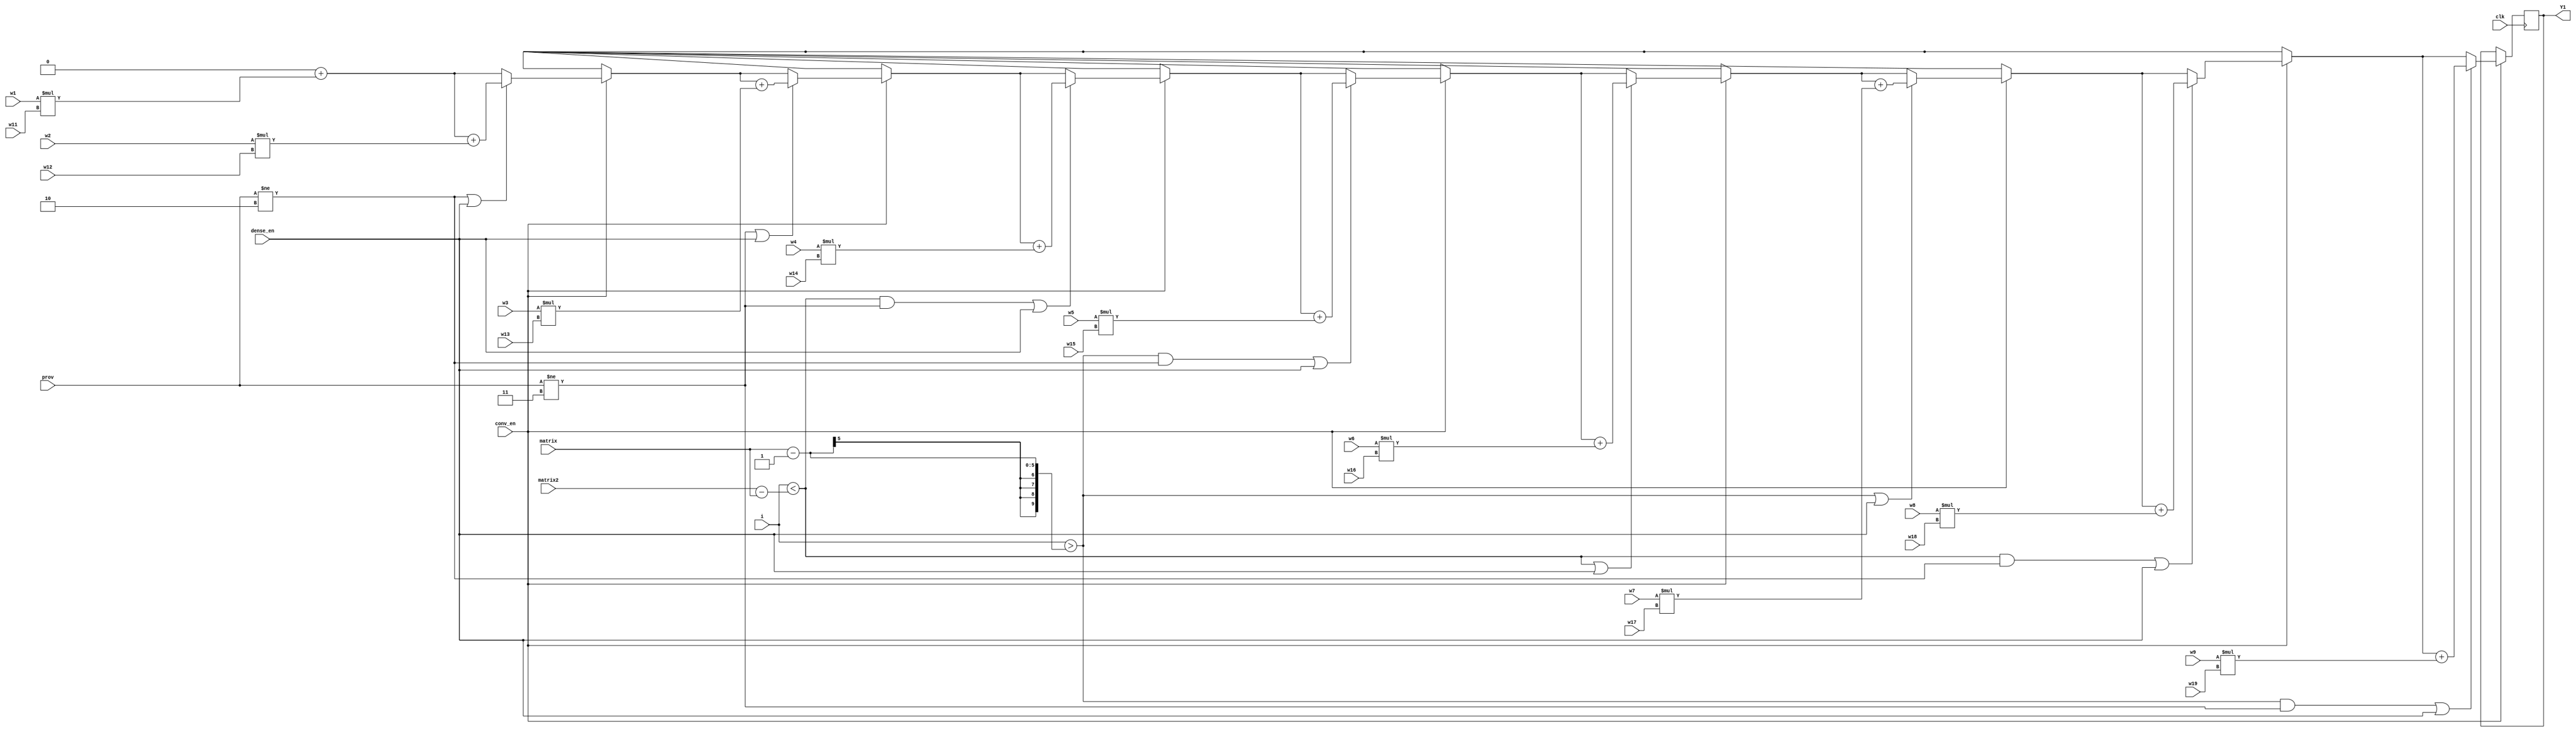
module conv(clk, Y1, prov, matrix, matrix2, i, w1, w2, w3, w4, w5, w6, w7, w8, w9,w11, w12, w13, w14, w15, w16, w17, w18, w19, conv_en, dense_en);
parameter SIZE=23;
input clk;
output reg signed [SIZE+SIZE-2:0] Y1;
input [1:0] prov;
input [4:0] matrix;
input [9:0] matrix2;
input [9:0] i;
input signed [SIZE-1:0] w1, w2, w3, w4, w5, w6, w7, w8, w9;
input signed [SIZE-1:0] w11, w12, w13, w14, w15, w16, w17, w18, w19;
input conv_en;
input dense_en;

always @(posedge clk)
    begin
		if (conv_en==1)
			begin
        Y1=0;
        Y1 = Y1+Y(w1,w11);
		  //$display("center:",w1,w11);
        //right
        if ((prov!=2'b10)||(dense_en==1))
            begin
                Y1 = Y1+Y(w2,w12);
					 //$display("right:",w2,w12);
            end
        //left
        if ((prov!=2'b11)||(dense_en==1))
            begin
                Y1 = Y1+Y(w3,w13);
					 //$display("left:",w3,w13);
            end
        //downleft
        if (((i<matrix2-matrix)&&(prov!=2'b11))||(dense_en==1))
            begin
                Y1 = Y1+Y(w4,w14);
					 //$display("downleft:",w4,w14);
            end
        //upright
        if (((i>matrix-1'b1)&&(prov!=2'b10))||(dense_en==1))
            begin
                Y1 = Y1+Y(w5,w15);
					 //$display("upright:",w5,w15);
            end
        //down
        if ((i<matrix2-matrix)||(dense_en==1))
            begin
                Y1 = Y1+Y(w6,w16);
					 //$display("down:",w6,w16);
            end
        //up
        if ((i>matrix-1'b1)||(dense_en==1))
            begin
                Y1 = Y1+Y(w7,w17);
					 //$display("up:",w7,w17);
            end
        //downright
        if (((i<matrix2-matrix)&&(prov!=2'b10))||(dense_en==1))
            begin
                Y1 = Y1+Y(w8,w18);
					 //$display("downright:",w8,w18);
            end
        //upleft
        if (((i>matrix-1'b1)&&(prov!=2'b11))||(dense_en==1))
            begin
                Y1 = Y1+Y(w9,w19);
					 //$display("upleft:",w9,w19);
            end
			end
    end

function signed [SIZE+SIZE-2:0] Y;
    input signed [SIZE-1:0] a, b;
    begin
        Y = a*b;
        //Y = Y>>SIZE-1;
    end
endfunction

endmodule